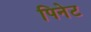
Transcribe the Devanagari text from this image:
पिनेट